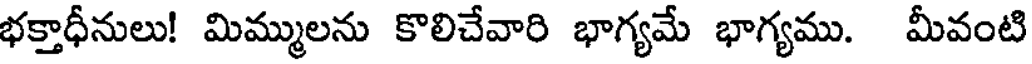
భక్తాధీనులు! మిమ్ములను కొలిచేవారి భాగ్యమే భాగ్యము. మీవంటి